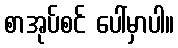
စာအုပ်စင် ပေါ်မှာပါ။